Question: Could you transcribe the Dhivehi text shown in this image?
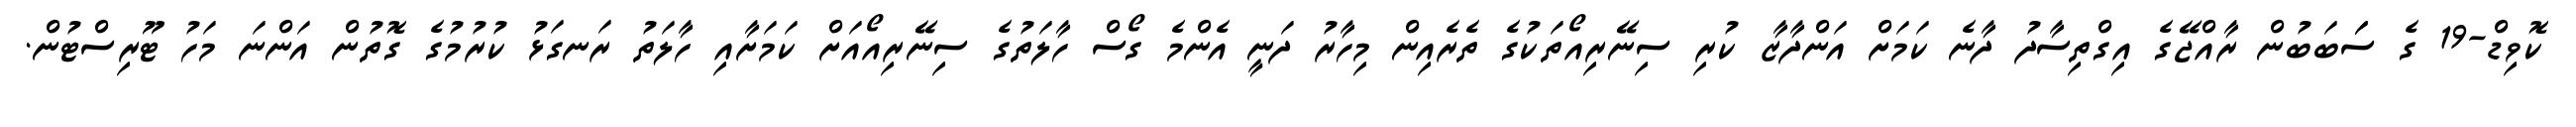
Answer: ކޮވިޑް-19 ގެ ސަަބަބުން ރާއްޖޭގެ އިގްތިސާދު ދާނެ ކަމަށް އަންދާޒާ ކުރި ސިނޭރިއޯތަކުގެ ތެރެއިން މިހާރު ދަނީ އެންމެ ގޯސް ހާލަތުގެ ސިނޭރިއޯއަށް ކަމަށާއި ހާލަތު ރަނގަޅު ކުރުމުގެ ގޮތުން އަންނަ މަހު ޓޫރިސްޓުން.